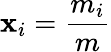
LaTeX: \mathbf{x}_{i}={\frac{{m_{i}}}{{m}}}